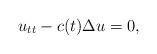
LaTeX: \begin{align*}u_{tt}-c(t)\Delta u=0,\end{align*}